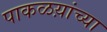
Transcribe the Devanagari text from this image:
पाकळय़ांच्या